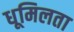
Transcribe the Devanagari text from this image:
धूमिलता